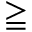
\geqq